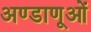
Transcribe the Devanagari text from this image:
अण्डाणूओं